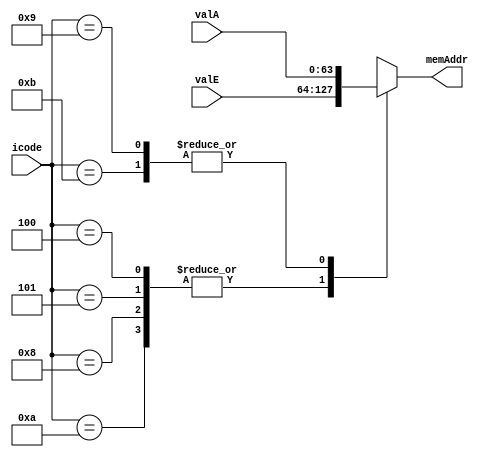
module MemAddr (
    input [3:0] icode,
    input [63:0] valE,
    input [63:0] valA,
    output reg [63:0] memAddr
);
    always @(*) begin
        case (icode)
            // rmmovq, mrmovq, call, pushq
            4'h4, 4'h5, 4'h8, 4'hA: memAddr <= valE;
            // ret, popq
            4'h9, 4'hB: memAddr <= valA; // (rRsp)
            default: memAddr <= 64'hxxxxxxxxxxxxxxxx;
        endcase
    end
endmodule